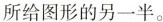
所给图形的另一半。